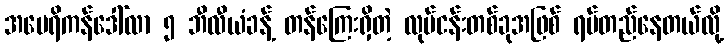
အမေရိကန်ဒေါ်လာ ၅ ဘီလီယံခန့် တန်ကြေးရှိတဲ့ လုပ်ငန်းတစ်ခုအဖြစ် ရပ်တည်နေတယ်လို့